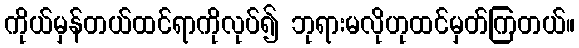
ကိုယ်မှန်တယ်ထင်ရာကိုလုပ်၍ ဘုရားမလိုဟုထင်မှတ်ကြတယ်။